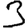
Digit: 3